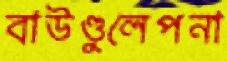
বাউণ্ডুলেপনা